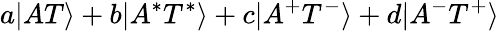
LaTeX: a|AT\rangle+b|A^{*}T^{*}\rangle+c|A^{+}T^{-}\rangle+d|A^{-}T^{+}\rangle